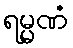
ရမ္မဏံ